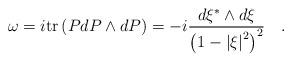
LaTeX: \begin{align*}\omega =i{\rm tr}\left( {PdP\wedge dP} \right)=-i{{d\xi^{*}\wedge d\xi} \over{\left( {1-\left| \xi \right|^2} \right)^2}} \quad.\end{align*}